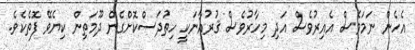
އެހެން ނަމަވެސް އެއިރުވެސް އަދި މިހާރުވެސް ޤުރުއާނަކީ ހިތުދަސްކޮށްގެން ދޫމަތިން ކިޔެވޭ ފޮތެކެވެ.